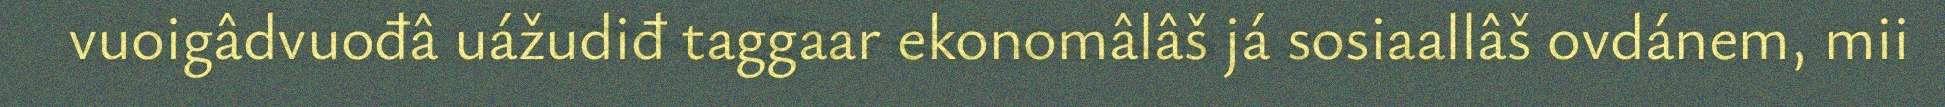
vuoigâdvuođâ uážudiđ taggaar ekonomâlâš já sosiaallâš ovdánem, mii